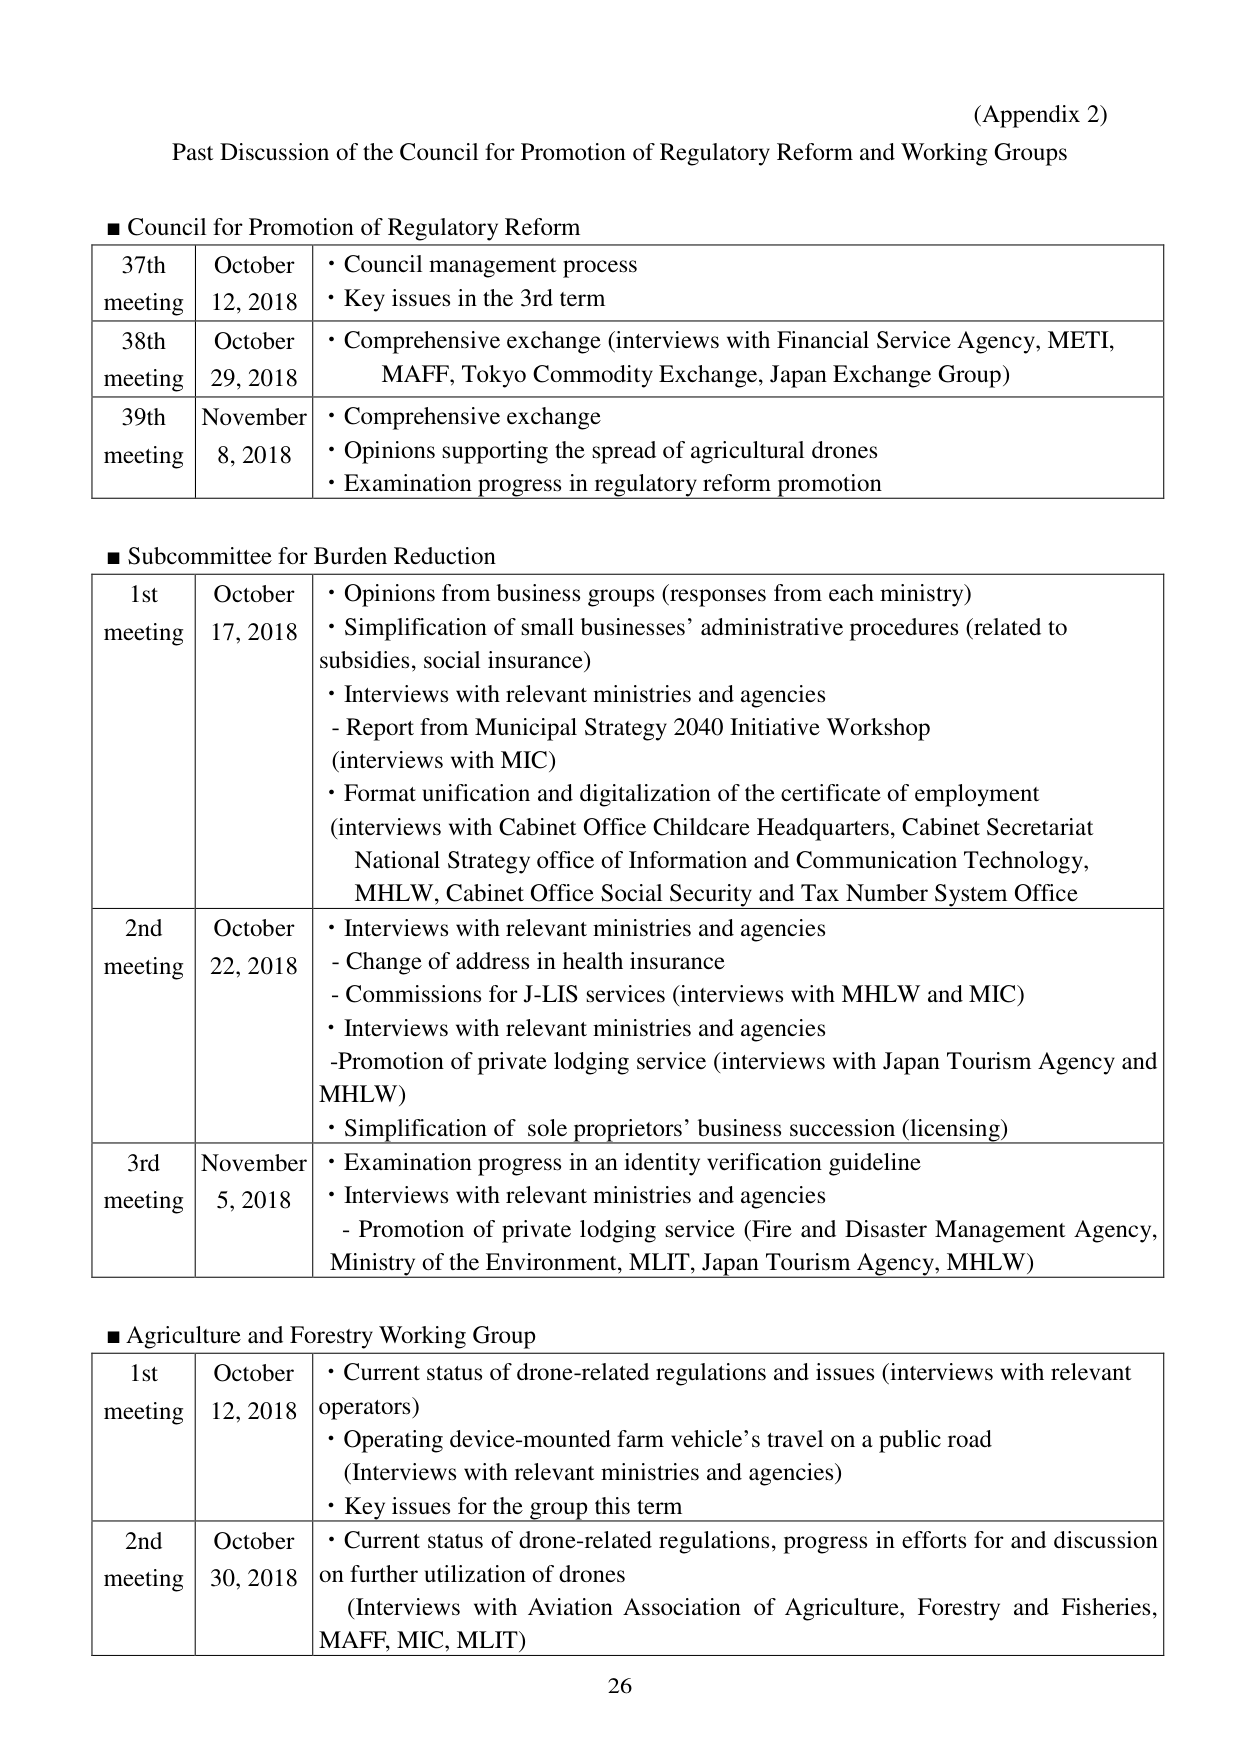
(Appendix 2)
Past Discussion of the Council for Promotion of Regulatory Reform and Working Groups

■ Council for Promotion of Regulatory Reform
37th meeting  October 12, 2018
• Council management process
• Key issues in the 3rd term

38th meeting  October 29, 2018
• Comprehensive exchange (interviews with Financial Service Agency, METI, MAFF, Tokyo Commodity Exchange, Japan Exchange Group)

39th meeting  November 8, 2018
• Comprehensive exchange
• Opinions supporting the spread of agricultural drones
• Examination progress in regulatory reform promotion

■ Subcommittee for Burden Reduction
1st meeting  October 17, 2018
• Opinions from business groups (responses from each ministry)
• Simplification of small businesses’ administrative procedures (related to subsidies, social insurance)
• Interviews with relevant ministries and agencies
- Report from Municipal Strategy 2040 Initiative Workshop (interviews with MIC)
• Format unification and digitalization of the certificate of employment (interviews with Cabinet Office Childcare Headquarters, Cabinet Secretariat National Strategy office of Information and Communication Technology, MHLW, Cabinet Office Social Security and Tax Number System Office

2nd meeting  October 22, 2018
• Interviews with relevant ministries and agencies
- Change of address in health insurance
- Commissions for J-LIS services (interviews with MHLW and MIC)
• Interviews with relevant ministries and agencies
- Promotion of private lodging service (interviews with Japan Tourism Agency and MHLW)
• Simplification of sole proprietors’ business succession (licensing)

3rd meeting  November 5, 2018
• Examination progress in an identity verification guideline
• Interviews with relevant ministries and agencies
- Promotion of private lodging service (Fire and Disaster Management Agency, Ministry of the Environment, MLIT, Japan Tourism Agency, MHLW)

■ Agriculture and Forestry Working Group
1st meeting  October 12, 2018
• Current status of drone-related regulations and issues (interviews with relevant operators)
• Operating device-mounted farm vehicle’s travel on a public road (Interviews with relevant ministries and agencies)
• Key issues for the group this term

2nd meeting  October 30, 2018
• Current status of drone-related regulations, progress in efforts for and discussion on further utilization of drones (Interviews with Aviation Association of Agriculture, Forestry and Fisheries, MAFF, MIC, MLIT)

26